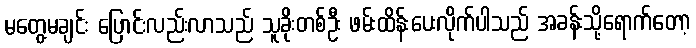
မတွေ့မချင်း ပြောင်းလည်းလာသည် သူခိုးတစ်ဦး ဖမ်းထိန်းပေးလိုက်ပါသည် အခန်းသို့ရောက်တော့